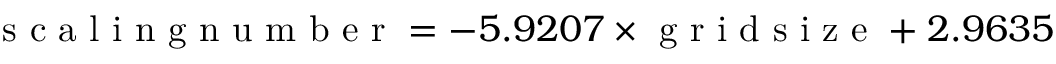
\mathrm { ~ s ~ c ~ a ~ l ~ i ~ n ~ g ~ n ~ u ~ m ~ b ~ e ~ r ~ } = - 5 . 9 2 0 7 \times \mathrm { ~ g ~ r ~ i ~ d ~ s ~ i ~ z ~ e ~ } + 2 . 9 6 3 5